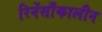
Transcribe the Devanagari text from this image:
रिनेंसाँकालीन